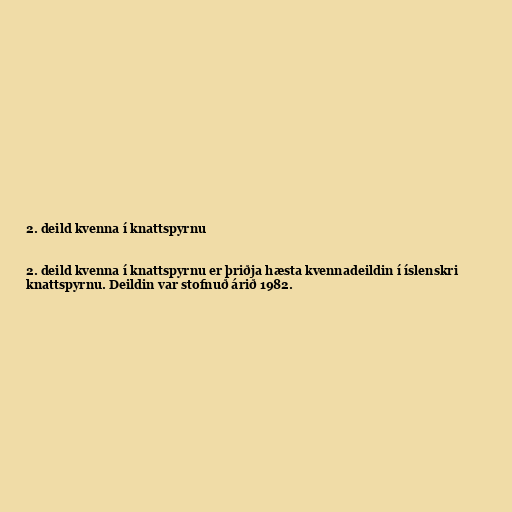
2. deild kvenna í knattspyrnu

2. deild kvenna í knattspyrnu er þriðja hæsta kvennadeildin í íslenskri
knattspyrnu. Deildin var stofnuð árið 1982.